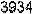
3934